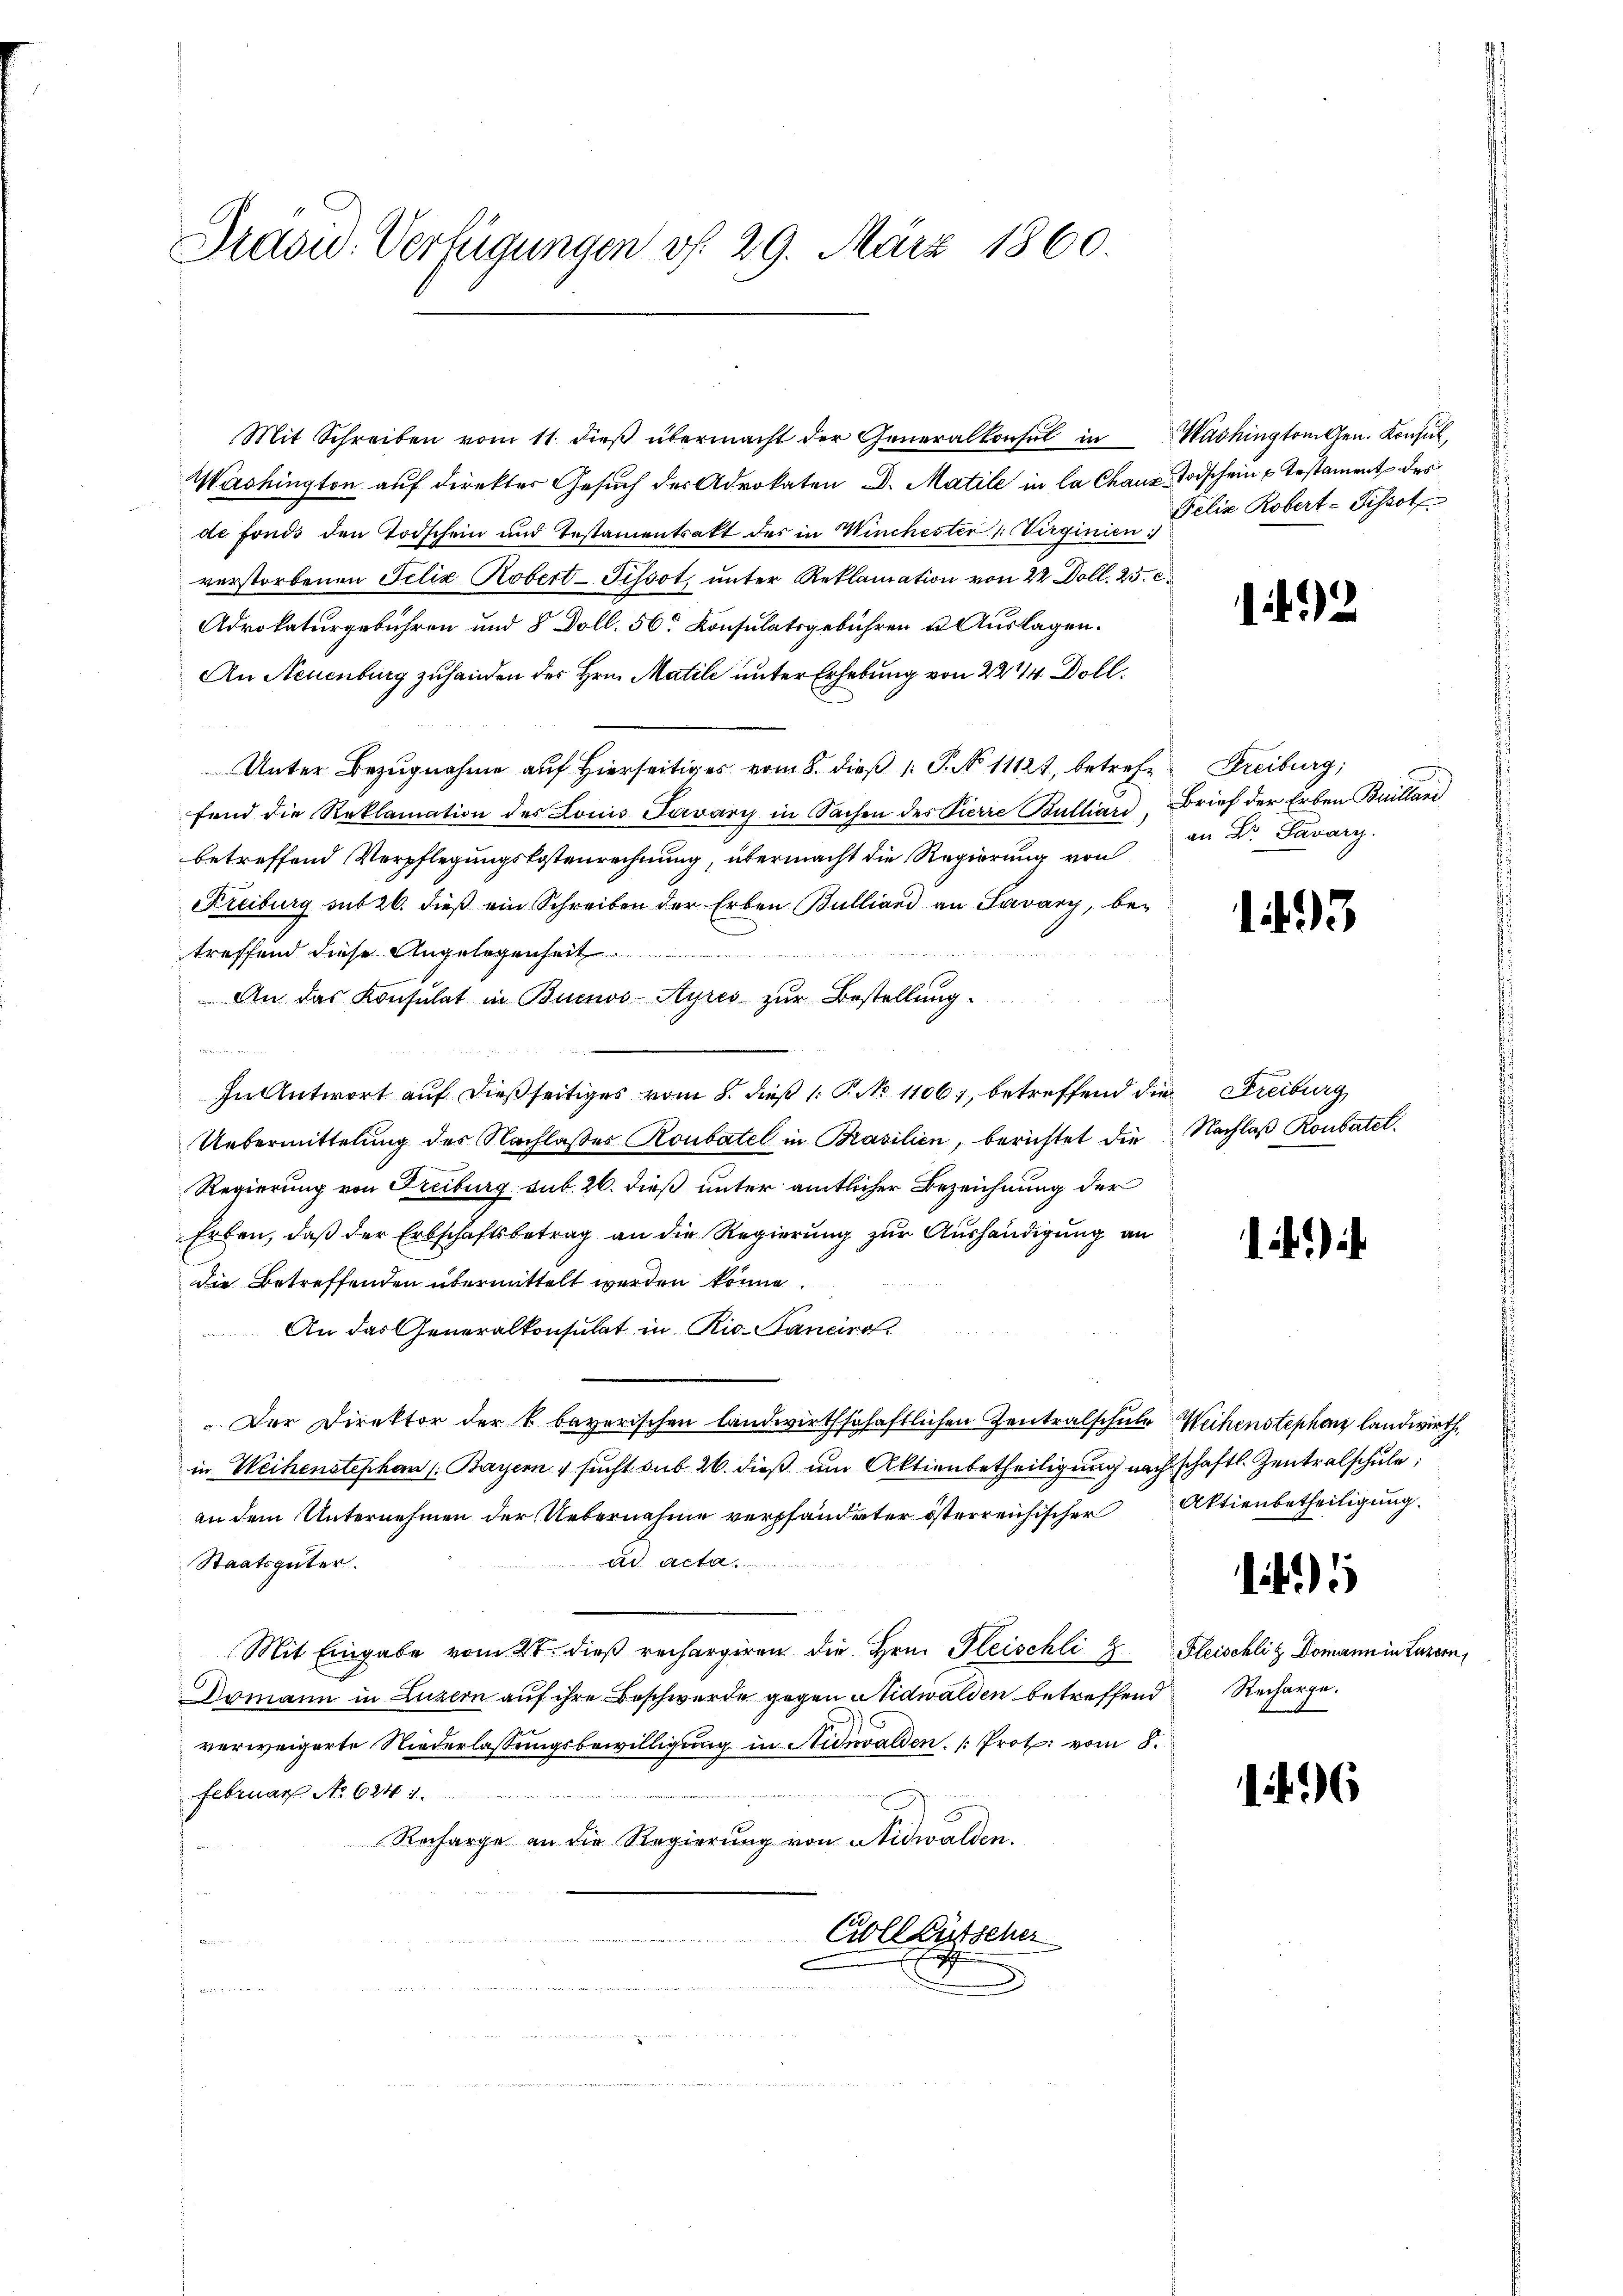
Präsid. Verfügungen v. 29. März 1860.

Mit Schreiben vom 11. dieβ übermacht der Generalkonsul in Washington Gen. Konsul,
Washington auf direkter Gesuch der Advokaten D. Matile in la Chaux- Todschein u testament des
de fonds den Todschein und Testamentrakt des in Winchester 1. Virginien   Elie Robert-Tissot
verstorbenen Felix Kobert - Tissot unter Reklamation von 22 Doll. 25. e
Adrokaturgebühren und 8 Doll. 56 Konsulatsgebühren u. Auslagen.
An Neuenburg zuhanden des Hrn. Matile unter Erhebung von 22/4 Doll¬
Unter Bezugnahme auf hierseitiges vom 8. dieβ 1: P. No 11121, betrete Freiburg,
fend die Reklamation des Louis Pavary in Sachen des Pierre Bulliard Brief der Erben Builland
betreffend Verpflegungskostenrechnung, übermacht die Regierung von
Kreiburg sub 26. dieß ein Schreiben der Erben Bulliand an Savary, betreffend diese Angelegenheit.
An das Konsulat in Buenos-Ayres zur Bestellung
In Antwort auf dießseitiges vom 8. dieß P. No 1106), betreffend die Streiburg
Uebermittelung des Nachlaßes Koubatel in Brasilien, berichtet die
Regierung von Freiburg sub 26. dieß unter amtlicher Bezeichnung der
Erben, daß der Erbschaftsbetrag an die Regierung zur Aushändigung an
die Betreffenden übermittelt werden könne
 An das Generalkonsulat in Rio. Janeiro
Der Direktor der k. bayerischen landwirthschaftlichen Zentralschule Weihenstephans landwirthin Weihenstephan (Bayern & sucht sub 26. dieß um Aktienbetheiligung nach schaftl. Zentralschule
an dem Unternehmen der Uebernahme verpfändeter österreichischer
Staatsgüter.
e
Mit Eingabe vom 21. dieß rechargiren die Hrn. Gleischli 2 Fleischlitz Domann in Luzern,
Domann in Luzern auf ihre Beschwerde gegen Nidwalden betreffend
verweigerte Niederlassungsbewilligung in Nidwalden. Prot. vom 8.
Februar No 624 1.
Recharge an die Regierung von Nidwalden.
Colleütscher
s
Ei eine

2

an Dr. Savary.

1493

Nachlaß Ronbatel.

)

Aktienbetheiligung.

5

Recharge.

16